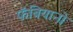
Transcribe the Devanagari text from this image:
फॅबियानो